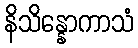
နိသိန္နောကာသံ